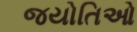
જયોતિઓ